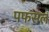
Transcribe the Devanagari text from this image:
पफसल